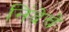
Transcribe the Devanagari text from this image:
निंदेचे